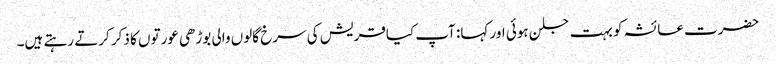
حضرت عائشہ کو بہت جلن ہوئی اور کہا: آپ کیاقریش کی سرخ گالوں والی بوڑھی عورتوں کا ذکر کرتے رہتے ہیں۔